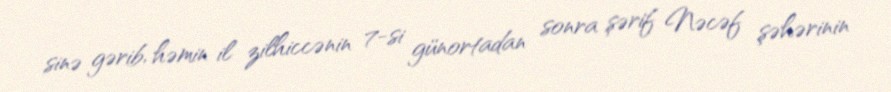
sinə gərib, həmin il zilhiccənin 7-si günortadan sonra şərif Nəcəf şəhərinin